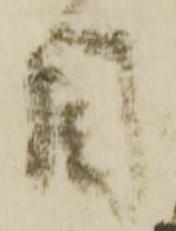
目